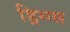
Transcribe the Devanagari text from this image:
ड्रिग्ग्स